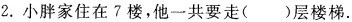
2.小胖家住在7楼，他一共要走( )层楼梯。